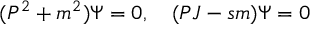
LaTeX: ( P ^ { 2 } + m ^ { 2 } ) \Psi = 0 , \quad ( P J - s m ) \Psi = 0